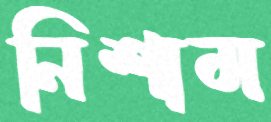
নিশাম